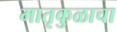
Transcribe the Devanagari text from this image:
मातृकुळाचा